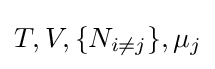
T,V,\{N_{i\neq j}\},\mu _{j}